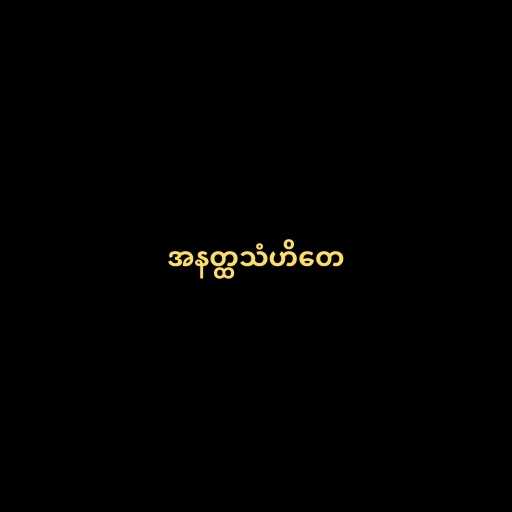
အနတ္ထသံဟိတေ